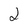
Character: 2